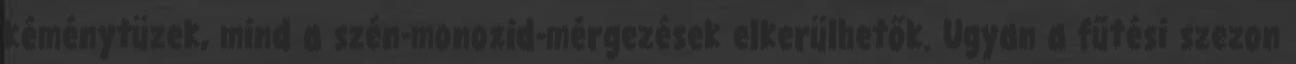
kéménytüzek, mind a szén-monoxid-mérgezések elkerülhetők. Ugyan a fűtési szezon